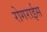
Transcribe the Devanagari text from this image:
रोगराईस